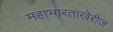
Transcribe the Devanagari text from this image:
महाभारताखेरीज